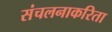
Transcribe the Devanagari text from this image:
संचलनाकरिता